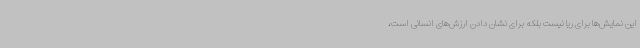
این نمایش‌ها برای ریا نیست بلکه برای نشان دادن ارزش‌های انسانی است،